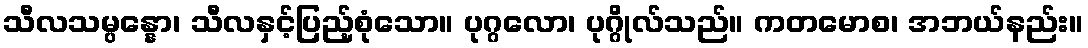
သီလသမ္ပန္နော၊ သီလနှင့်ပြည့်စုံသော။ ပုဂ္ဂလော၊ ပုဂ္ဂိုလ်သည်။ ကတမောစ၊ အဘယ်နည်း။